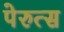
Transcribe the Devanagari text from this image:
पेरुत्स